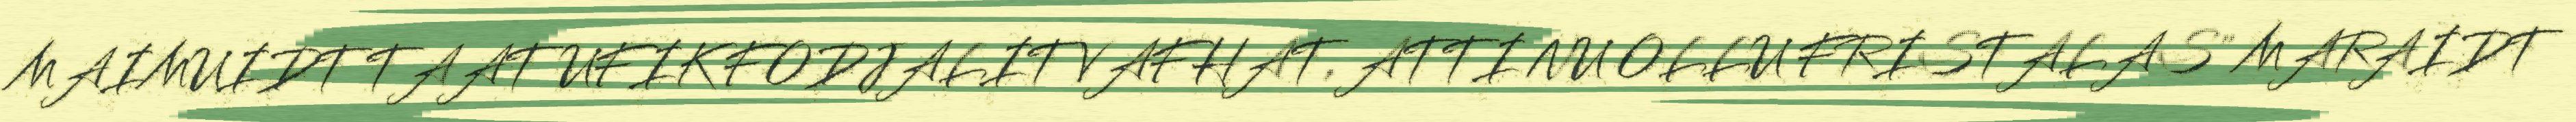
MAIMUIDT TAATUFIK FODJALIT VAFHAT, ATTI NU OLLU FRISTALAS" MARAIDT